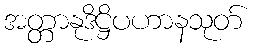
အတ္တာနုဒိဋ္ဌိပဟာနသုတ်